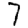
Digit: 7